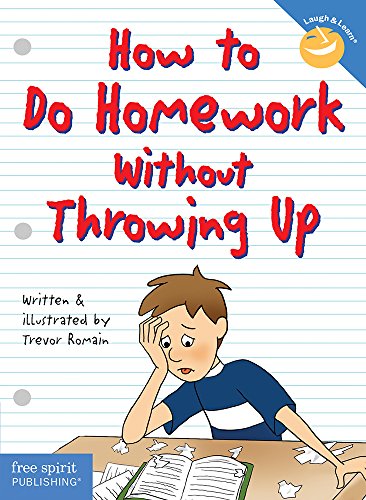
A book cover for How to Do Homework Without Throwing Up (Laugh & Learn); Trevor Romain; Test Preparation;